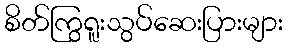
စိတ်ကြွရူးသွပ်ဆေးပြားများ